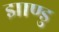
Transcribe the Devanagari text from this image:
झाण्डु